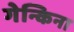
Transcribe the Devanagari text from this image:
गेन्किना